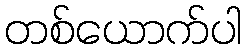
တစ်ယောက်ပါ